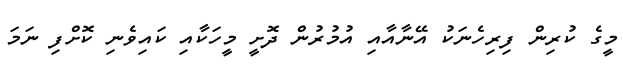
މީގެ ކުރިން ފިރިހެނަކު އޭނާއާއި އުމުރުން ދޮށީ މީހަކާއި ކައިވެނި ކޮށްފި ނަމަ